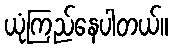
ယုံကြည်နေပါတယ်။